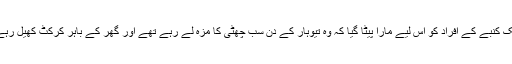
وہاں ایک کنبے کے افراد کو اس لیے مارا پیٹا گیا کہ وہ تیوہار کے دن سب چھٹی کا مزہ لے رہے تھے اور گھر کے باہر کرکٹ کھیل رہے تھے۔